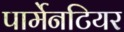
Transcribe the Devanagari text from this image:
पार्मेनटियर